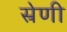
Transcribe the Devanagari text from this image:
स्रेणी